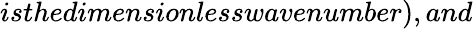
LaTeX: isthedimensionlesswavenumber),and